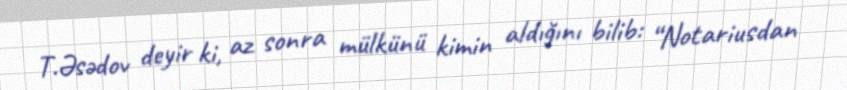
T.Əsədov deyir ki, az sonra mülkünü kimin aldığını bilib: “Notariusdan